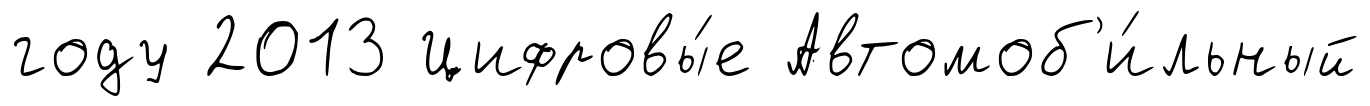
году 2013 Цифровы́е Автомоб'и́льный